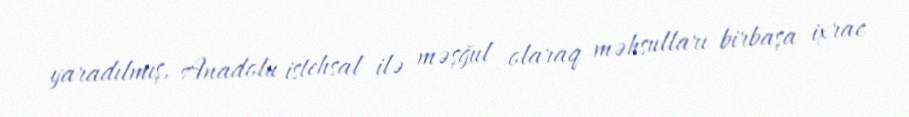
yaradılmış, Anadolu istehsal ilə məşğul olaraq məhsulları birbaşa ixrac